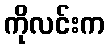
ကိုလင်းက